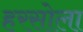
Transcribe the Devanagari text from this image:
हरसोला